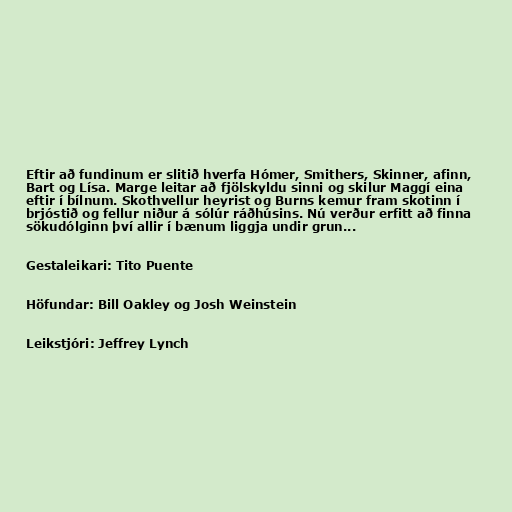
Eftir að fundinum er slitið hverfa Hómer, Smithers, Skinner, afinn,
Bart og Lísa. Marge leitar að fjölskyldu sinni og skilur Maggí eina
eftir í bílnum. Skothvellur heyrist og Burns kemur fram skotinn í
brjóstið og fellur niður á sólúr ráðhúsins. Nú verður erfitt að finna
sökudólginn því allir í bænum liggja undir grun...

Gestaleikari: Tito Puente

Höfundar: Bill Oakley og Josh Weinstein

Leikstjóri: Jeffrey Lynch